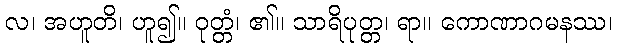
လ၊ အဟူတိ၊ ဟူ၍။ ဝုတ္တံ၊ ၏။ သာရိပုတ္တ၊ ရာ။ ကောဏာဂမနဿ၊